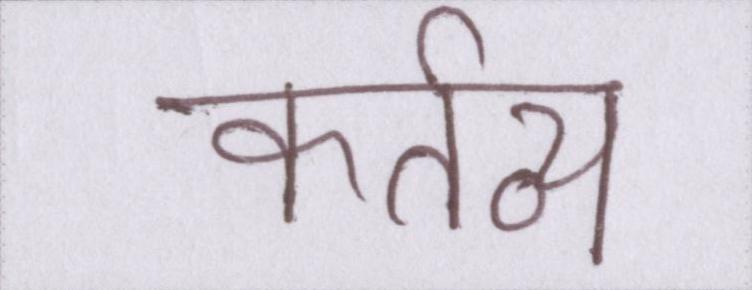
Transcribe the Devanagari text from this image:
कर्तव्य